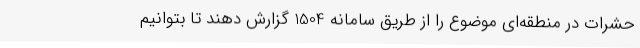
حشرات در منطقه‌ای موضوع را از طریق سامانه 1504 گزارش دهند تا بتوانیم